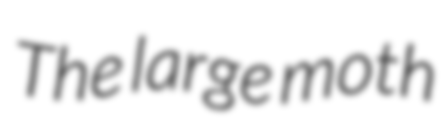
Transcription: The large moth